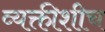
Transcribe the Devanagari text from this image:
व्यक्तीशीच